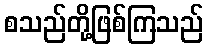
စသည်တို့ဖြစ်ကြသည်